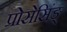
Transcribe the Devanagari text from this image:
प्रोसेसिंङ्